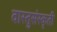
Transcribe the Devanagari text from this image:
वास्तुसंस्कृती